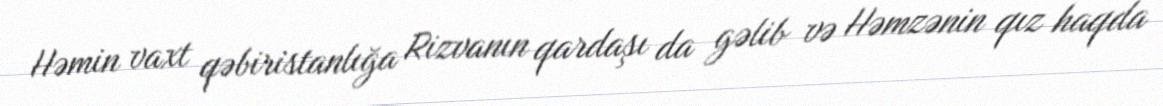
Həmin vaxt qəbiristanlığa Rizvanın qardaşı da gəlib və Həmzənin qız haqda